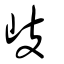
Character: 歧